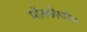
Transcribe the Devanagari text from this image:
मॉस्कोपर्यंत